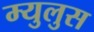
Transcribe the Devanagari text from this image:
म्युलुस